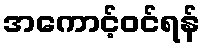
အကောင့်ဝင်ရန်